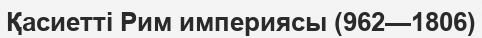
Қасиетті Рим империясы (962—1806)